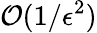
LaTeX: \mathcal{O}(1/\epsilon^{2})